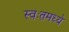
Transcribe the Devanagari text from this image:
स्वःतमध्ये